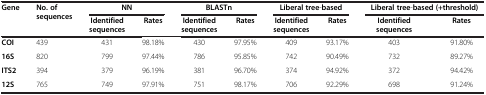
| <ROWSPAN=2> Gene | <ROWSPAN=2> No. of sequences | <COLSPAN=2> NN | <COLSPAN=2> BLASTn | <COLSPAN=2> Liberal tree-based | <COLSPAN=2> Liberal tree-based (+threshold) |
 | Identified sequences | Rates | Identified sequences | Rates | Identified sequences | Rates | Identified sequences | Rates |
 | --- | --- | --- | --- | --- | --- | --- | --- | --- | --- |
 | COI | 439 | 431 | 98.18% | 430 | 97.95% | 409 | 93.17% | 403 | 91.80% |
 | 16S | 820 | 799 | 97.44% | 786 | 95.85% | 742 | 90.49% | 732 | 89.27% |
 | ITS2 | 394 | 379 | 96.19% | 381 | 96.70% | 374 | 94.92% | 372 | 94.42% |
 | 12S | 765 | 749 | 97.91% | 751 | 98.17% | 706 | 92.29% | 698 | 91.24% |